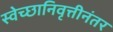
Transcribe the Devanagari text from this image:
स्वेच्छानिवृत्तीनंतर